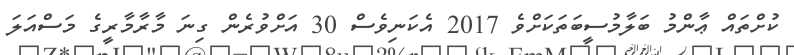
ކުށްތައް ޢާންމު ބަލާމުސީބަތަކަށްވެ 2017 އެކަނިވެސް 30 އަށްވުރެން ގިނަ މާރާމާރީގެ މަސްއަލަ